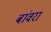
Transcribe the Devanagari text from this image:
बांवरा